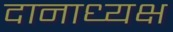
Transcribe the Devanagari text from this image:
दानाध्यक्ष